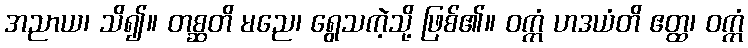
အညာယ၊ သိ၍။ တစ္ဆတိ မညေ၊ ရွေသကဲ့သို့ ဖြစ်၏။ ဝက္ကံ ဟဒယံတိ ဧတ္ထ၊ ဝက္ကံ